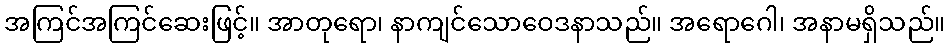
အကြင်အကြင်ဆေးဖြင့်။ အာတုရော၊ နာကျင်သောဝေဒနာသည်။ အရောဂေါ၊ အနာမရှိသည်။